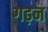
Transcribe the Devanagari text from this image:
गढ़न